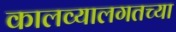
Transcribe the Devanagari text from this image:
कालव्यालगतच्या